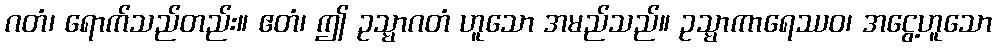
ဂတံ၊ ရောက်သည်တည်း။ ဧတံ၊ ဤ ဥသ္မာဂတံ ဟူသော အမည်သည်။ ဥသ္မာကာရေဿဝ၊ အငွေ့ဟူသော